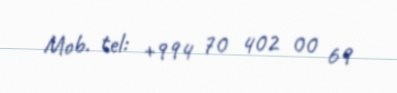
Mob. tel: +994 70 402 00 69